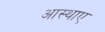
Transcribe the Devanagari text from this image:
आस्थाए